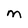
Character: M